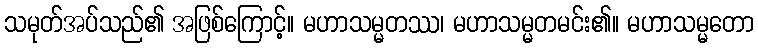
သမုတ်အပ်သည်၏ အဖြစ်ကြောင့်။ မဟာသမ္မတဿ၊ မဟာသမ္မတမင်း၏။ မဟာသမ္မတော